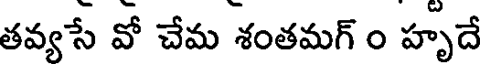
తవ్యసే వో చేమ శంతమగ్ ౦ హృదే